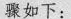
骤如下：